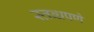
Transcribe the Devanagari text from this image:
स्तब्धपणे